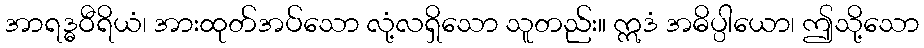
အာရဒ္ဓဝီရိယံ၊ အားထုတ်အပ်သော လုံ့လရှိသော သူတည်း။ ဣဒံ အဓိပ္ပါယော၊ ဤသို့သော